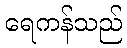
ရေကန်သည်